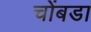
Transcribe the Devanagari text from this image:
चोंबडा